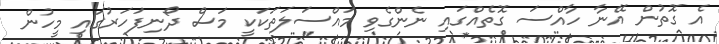
އެ ގޮތުން އޭނާ ހާއްސަ ގޮތެއްގައި ނެންގެވި މައްސަލަތަކަކީ މަސް ދޯނިފަހަރުގައި މީހުން